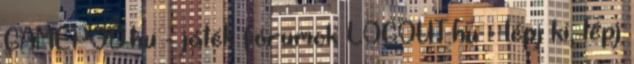
GAMEPOD.hu - játék fórumok LOGOUT.hu - lépj ki, lépj